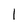
Character: 1